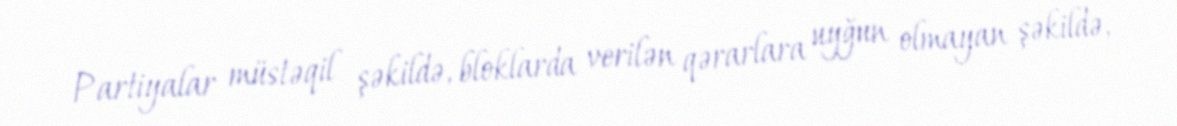
Partiyalar müstəqil şəkildə, bloklarda verilən qərarlara uyğun olmayan şəkildə,